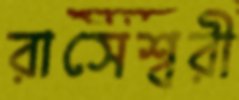
রাসেশ্বরী